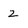
Character: 2